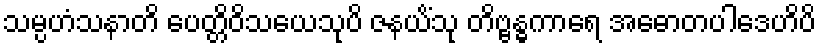
သမ္ပဟံသနာတိ ပေတ္တိဝိသယေသုပိ ဇနယိံသု တိဗ္ဗန္ဓကာရေ အဓောတပါဒေဟိပိ